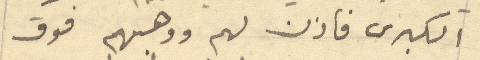
الكبرى فاذن لهم ووهبهم فوق